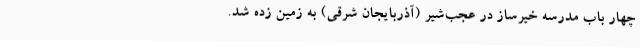
چهار باب مدرسه خیرساز در عجب‌شیر (آذربایجان شرقی) به زمین زده شد.